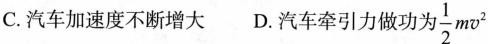
C. 汽车加速度不断增大 D. 汽车牵引力做功为$$\frac{1}{2}mv^{2}$$